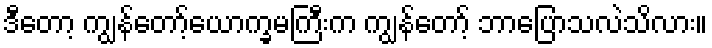
ဒီတော့ ကျွန်တော့်ယောက္ခမကြီးက ကျွန်တော့် ဘာပြောသလဲသိလား။